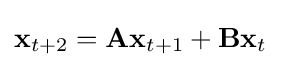
\mathbf {x} _{t+2}=\mathbf {Ax} _{t+1}+\mathbf {Bx} _{t}